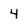
Character: 4